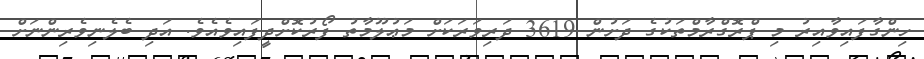
ހިންގާފައިވާއިރު މި ޕްރޮގްރާމްތަކުގެ ދަށުން 3619 ދަރިވަރަކަށް މަޢުލޫމާތު ފޯރުކޮށްދީފައިވެއެވެ. އަދި ބެލެނިވެރިންނަށް